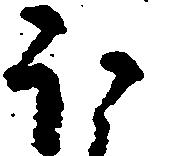
ほ